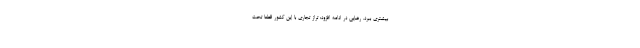
بیشتری ببرد. رضایی در ادامه افزود: تراز تجاری با این کشور قطعاً تحت